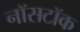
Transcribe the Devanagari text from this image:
नॉसटॉक